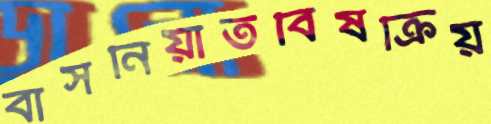
বাসনিয়াতবিষক্রিয়